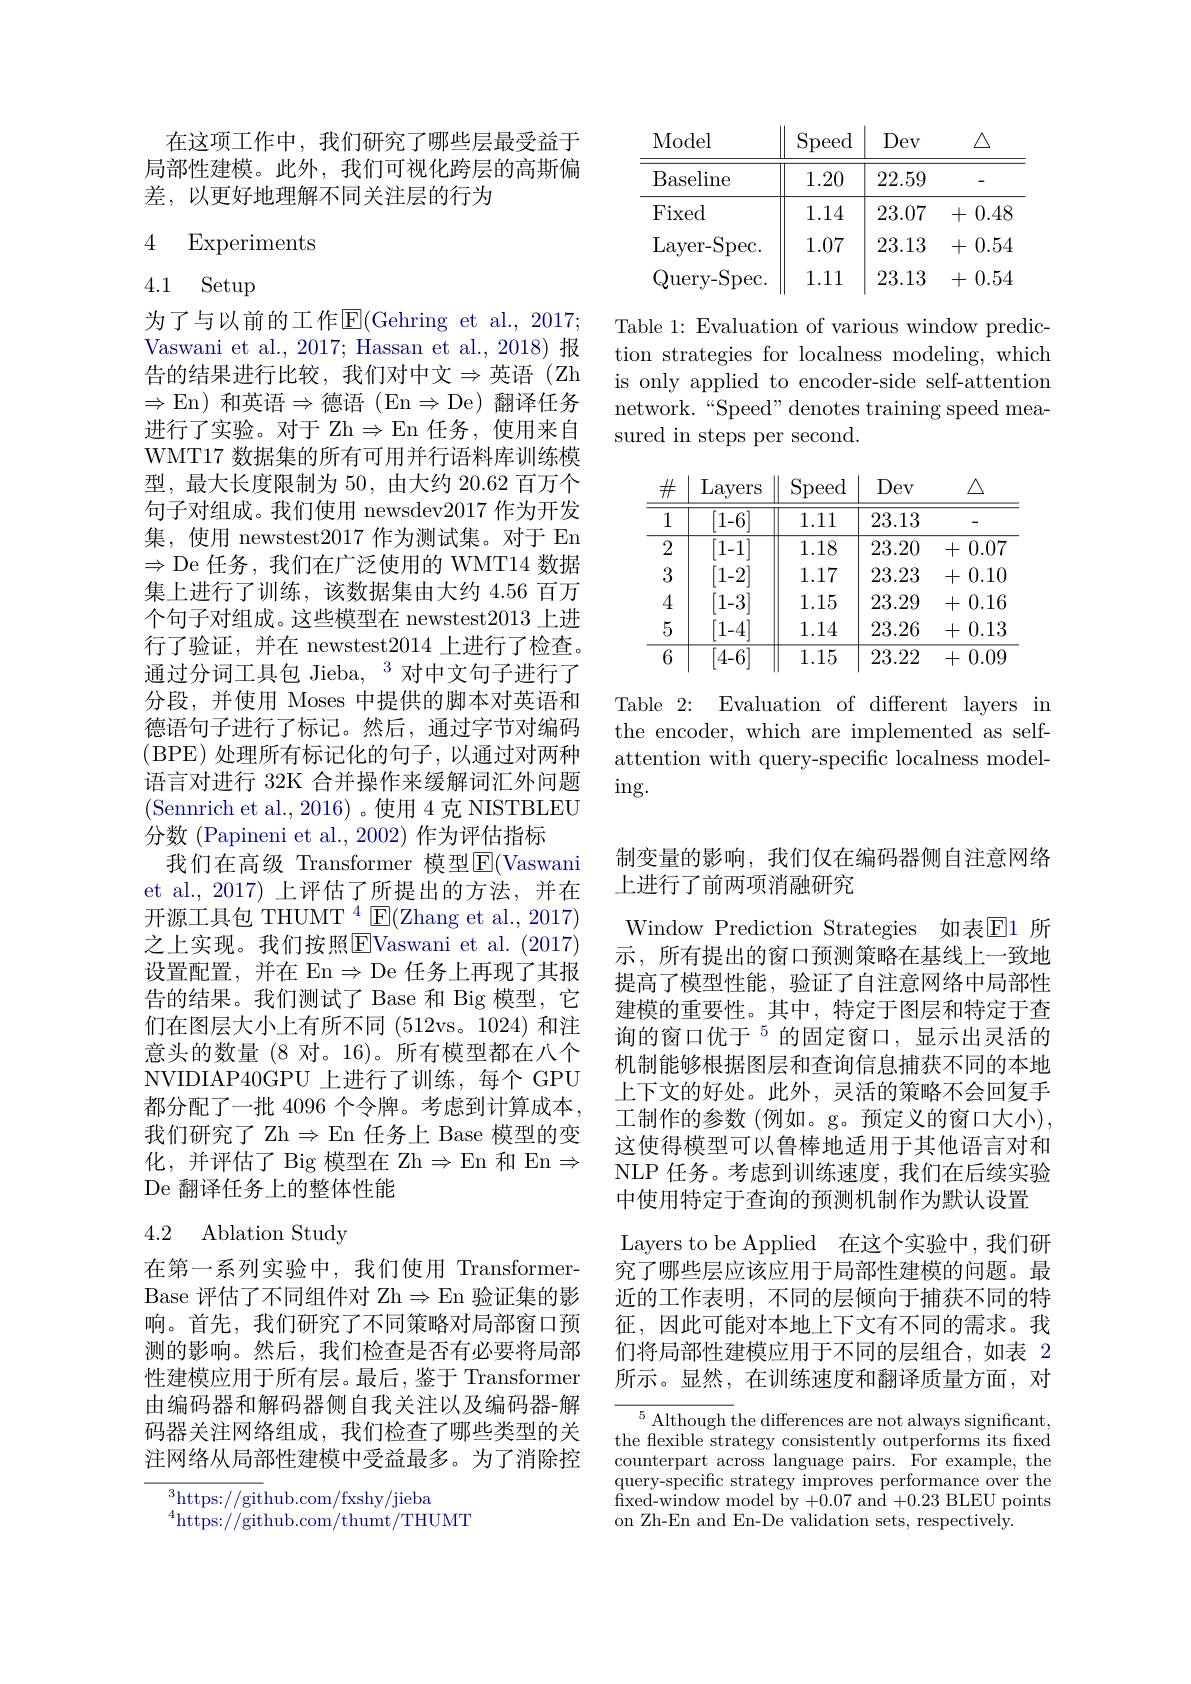
在这项工作中，我们研究了哪些层最受益于局部性建模。此外，我们可视化跨层的高斯偏差，以更好地理解不同关注层的行为

## 4 Experiments

# 4.1 Setup

为了与以前的工作$\operatorname{E}($Gehring et al., 2017; Vaswani et al., 2017; Hassan et al., 2018)报告的结果进行比较，我们对中文$\Rightarrow$英语(Zh $\Rightarrow$En)和英语$\Rightarrow$德语(En$\Rightarrow$De)翻译任务进行了实验。对于 Zh$\Rightarrow$En 任务，使用来自WMT17 数据集的所有可用并行语料库训练模型，最大长度限制为 50, 由大约 20.62 百万个句子对组成。我们使用 newsdev2017 作为开发集，使用 newstest2017作为测试集。对于 En $\Rightarrow$De 任务，我们在广泛使用的 WMT14 数据集上进行了训练，该数据集由大约 4.56 百万个句子对组成。这些模型在 newstest2013 上进行了验证，并在 newstest2014 上进行了检查。通过分词工具包 Jieba, $^3$对中文句子进行了分段，并使用 Moses 中提供的脚本对英语和德语句子进行了标记。然后，通过字节对编码(BPE)处理所有标记化的句子，以通过对两种语言对进行 32K 合并操作来缓解词汇外问题(Sennrich et al., 2016)。使用 4 克 NISTBLEU 分数 (Papineni et al., 2002) 作为评估指标
我们在高级 Transformer 模型E(Vaswani et al., 2017) 上评估了所提出的方法，并在开源工具包 THUMT $^4$ E(Zhang et al., 2017) 之上实现。我们按照$\overline{\mathrm{E}}$Vaswani et al.(2017) 设置配置，并在 En$\Rightarrow$De 任务上再现了其报告的结果。我们测试了 Base 和 Big 模型，它们在图层大小上有所不同 (512vs。1024)和注意头的数量 (8 对。16)。所有模型都在八个NVIDIAP40GPU 上进行了训练，每个 GPU 都分配了一批 4096 个令牌。考虑到计算成本， 我们研究了 Zh$\Rightarrow$En 任务上 Base 模型的变化，并评估了 Big 模型在 Zh$\Rightarrow$En 和 En$\Rightarrow$ De 翻译任务上的整体性能

# 4.2 Ablation Study

在第一系列实验中，我们使用 TransformerBase 评估了不同组件对 Zh$\Rightarrow$En 验证集的影响。首先，我们研究了不同策略对局部窗口预测的影响。然后，我们检查是否有必要将局部性建模应用于所有层。最后，鉴于 Transformer 由编码器和解码器侧自我关注以及编码器-解码器关注网络组成，我们检查了哪些类型的关注网络从局部性建模中受益最多。为了消除控

$^{3}$https://github.com/fxshy/jieba
$^{4}$https://github.com/thumt/THUMT

<table>
	<tbody>
		<tr>
			<th>Model</th>
			<th>$\operatorname{Speed}$</th>
			<th>Dev</th>
			<th>$\triangle$</th>
		</tr>
		<tr>
			<td>Baseline</td>
			<td>1.20</td>
			<td>22.59</td>
			<td>-</td>
		</tr>
		<tr>
			<td>Fixed</td>
			<td>1.14</td>
			<td>23.07</td>
			<td>0.48 十</td>
		</tr>
		<tr>
			<td>Layer- Spec.</td>
			<td>1.07</td>
			<td>23.13</td>
			<td>0.54 +</td>
		</tr>
		<tr>
			<td>$\operatorname{uery-Spec}.$</td>
			<td>1.11</td>
			<td>23.13</td>
			<td>0.54 +</td>
		</tr>
	</tbody>
</table>

Table 1: Evaluation of various window prediction strategies for localness modeling, which is only applied to encoder-side self-attention network.“Speed” denotes training speed measured in steps per second.

<table>
	<tbody>
		<tr>
			<th>$\#$</th>
			<th>Layers</th>
			<th>$\operatorname{Speed}$</th>
			<th>Dev</th>
			<th>$\triangle$</th>
		</tr>
		<tr>
			<td>1</td>
			<td>[1-6]</td>
			<td>1.11</td>
			<td>23.13</td>
			<td>-</td>
		</tr>
		<tr>
			<td>2</td>
			<td>[1-1]</td>
			<td>1.18</td>
			<td>23.20</td>
			<td>0.07 +</td>
		</tr>
		<tr>
			<td>3</td>
			<td>1-2]</td>
			<td>1.17</td>
			<td>23.23</td>
			<td>0.10 十</td>
		</tr>
		<tr>
			<td>4</td>
			<td>$1-3^{\cdot}$</td>
			<td>1.15</td>
			<td>23.29</td>
			<td>0.16 十</td>
		</tr>
		<tr>
			<td>5</td>
			<td>[1-4]</td>
			<td>1.14</td>
			<td>23.26</td>
			<td>0.13 十</td>
		</tr>
		<tr>
			<td>6</td>
			<td>[4-6]</td>
			<td>1.15</td>
			<td>23.22</td>
			<td>0.09 +</td>
		</tr>
	</tbody>
</table>

Table 2: Evaluation of different layers im the encoder, which are implemented as selfattention with query-specific localness model- $\operatorname{ing}.$

制变量的影响，我们仅在编码器侧自注意网络
上进行了前两项消融研究
Window Prediction Strategies 如表$\mathbb{E}$1 所示，所有提出的窗口预测策略在基线上一致地提高了模型性能，验证了自注意网络中局部性建模的重要性。其中，特定于图层和特定于查询的窗口优于$^{5}$的固定窗口，显示出灵活的机制能够根据图层和查询信息捕获不同的本地上下文的好处。此外，灵活的策略不会回复手工制作的参数(例如。g。预定义的窗口大小), 这使得模型可以鲁棒地适用于其他语言对和NLP 任务。考虑到训练速度，我们在后续实验中使用特定于查询的预测机制作为默认设置
Layers to be Applied 在这个实验中，我们研究了哪些层应该应用于局部性建模的问题。最近的工作表明，不同的层倾向于捕获不同的特征，因此可能对本地上下文有不同的需求。我们将局部性建模应用于不同的层组合，如表 2所示。显然，在训练速度和翻译质量方面，对

${\frac{{^5}{\mathrm{Although~t}}}}$he differences are not always significant, the flexible strategy consistently outperforms its fixed counterpart across language pairs. For example, the query-specifc strategy improves performance over the fixed- window model by + 0. 07 and + 0. 23 BLEU points on Zh-En and En-De validation sets, respectively.